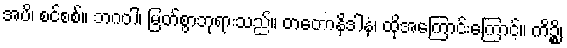
အပိ၊ စင်စစ်။ ဘဂဝါ၊ မြတ်စွာဘုရားသည်။ တတောနိဒါနံ၊ ထိုအကြောင်းကြောင့်။ ကိဉ္စိ၊